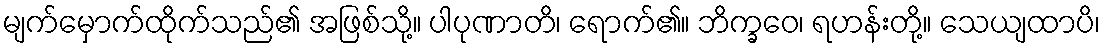
မျက်မှောက်ထိုက်သည်၏ အဖြစ်သို့။ ပါပုဏာတိ၊ ရောက်၏။ ဘိက္ခဝေ၊ ရဟန်းတို့။ သေယျထာပိ၊